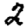
Digit: 2